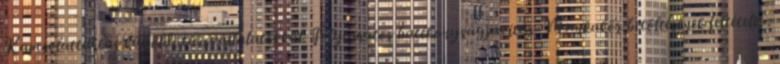
Kapcsolattartás külföldi társvállalatokkal. Folyamatos hatékonyságjavítás. Munkakör betöltésének feltételei :